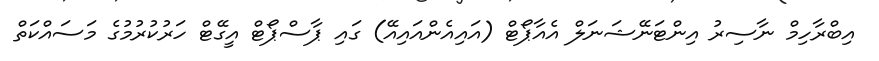
އިބްރާހިމް ނާސިރު އިންޓަނޭޝަނަލް އެއާޕޯޓް (އައިއެންއައިއޭ) ގައި ޕާސްޕޯޓް އީގޭޓް ހަރުކުރުމުގެ މަސައްކަތް